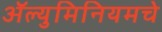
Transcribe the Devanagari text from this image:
ॲल्युमिनियमचे